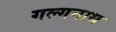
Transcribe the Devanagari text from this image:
गल्गनाथ